Document type: Emphyteutic lease
Year: 1276
Scribe: Pere de Roca
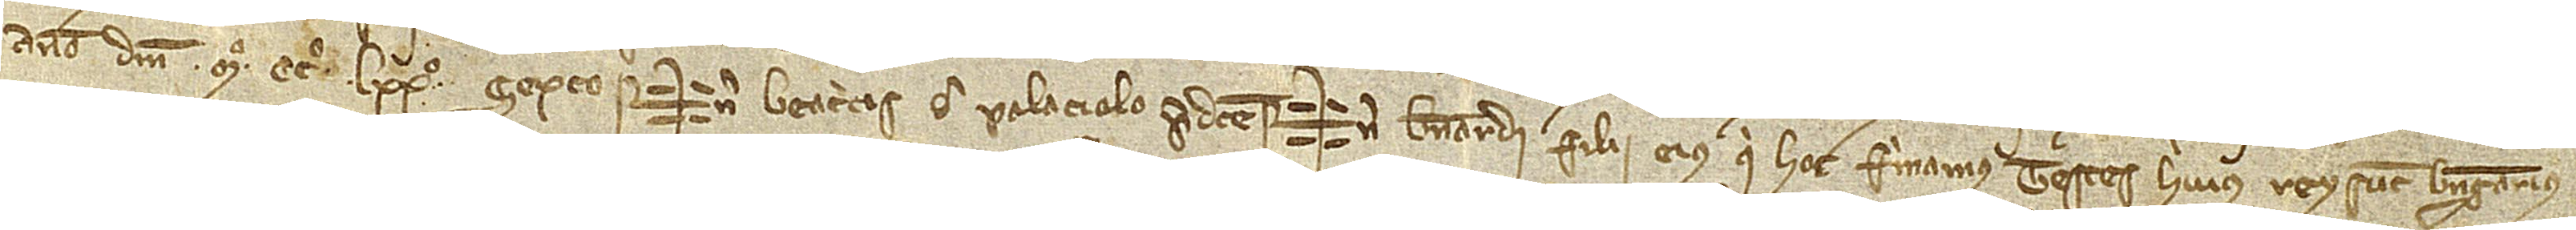
anno Domini Mº CCº LXXº sexto. Sig+num Beatricis de Palaciolo predicte, Sig+num Bernardi, filii eis, qui hoc firmamus. Testes huius rey sunt: Berengarius